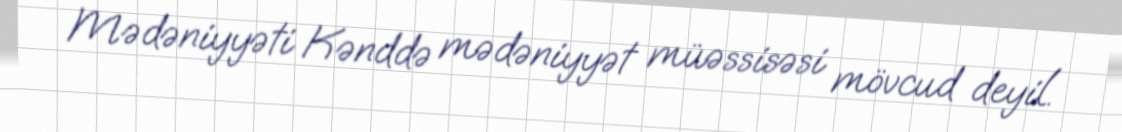
Mədəniyyəti Kənddə mədəniyyət müəssisəsi mövcud deyil.